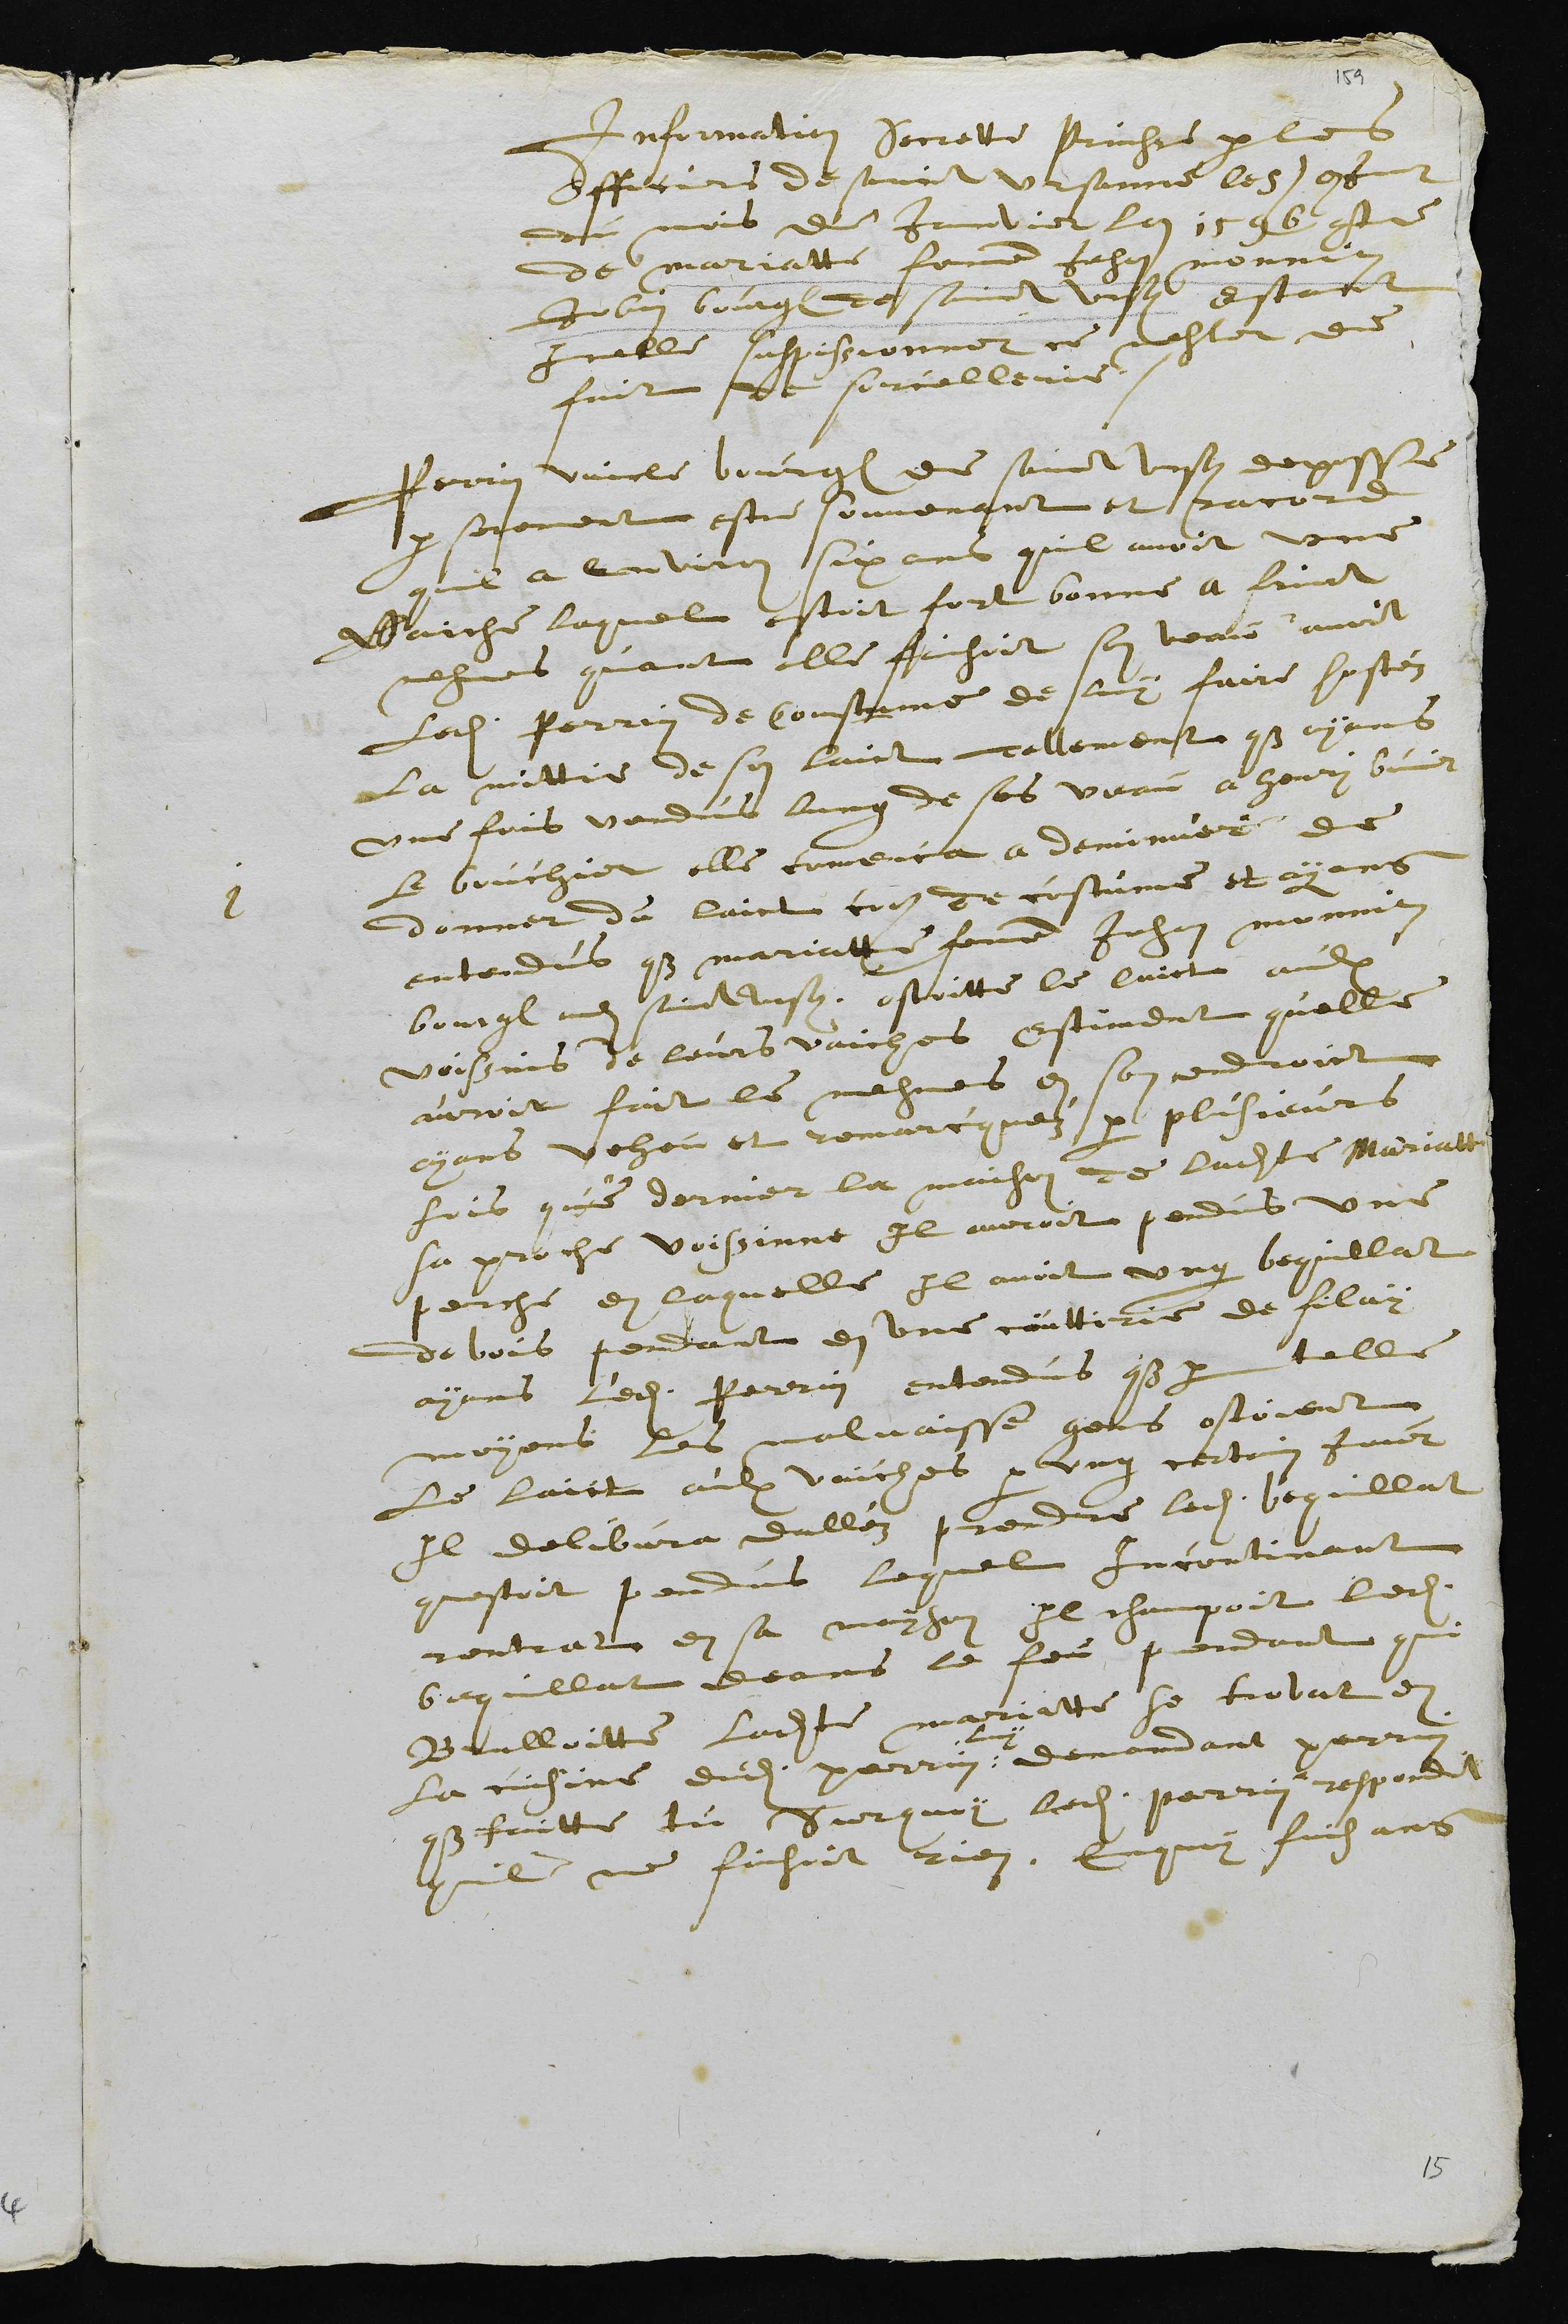
Information secrette prinses par les
Officiers de sainct Ursanne le 5e jour
du mois de Janvier lan 1596 contre
de mariatte femme Jehan monnin
Jobin bourgeois de Saint Ursanne estant
Icelle suspissionnei ce mesler de
fait de sorcellerie.
1
Perrin Vaicle bourgeois de Saint Ursanne deposse
par serement estre souvenant et racord
quil a environ six ans quil avoit une
Vaiche laquel estoit fort bonne a fruict
mesmes quant elle faisoit son veau avoit
Ledit Perrin de coustume de luy faire hostez
la mittie de son laict ellement que ayans
une fois vendus lung de ses veau a henry bouvier
le bouchier elle comenca a deminuer de
donner du laict comme de costume et ayans
entendus que mariatte femme Jehan Monnin
bourgeois audit sainct Ursanne, ostoitte le laict aulx
voissins de leurs vaiches estiment quelle
auroit fait le mesmes en son endroict
ayans veheu et remarquez par plusieurs
fois que dernier la maison de ladite Mariatte
sa proche voisinne Il auroit pendus une
perche en laquelle Il avoit ung bequillat
de bois pendant en une couttirie de filay
ayans ledit Perrin entendus que par telle
moyens les malvaisse gens ostoient
le laict aulx vaiches par ung certain jour
Il delibvra dallez prendre ledit bequillat
questoit pendus, lequel incontinant
rentrat en sa mayson Il champoit ledit
bequillat deans le feu pendant que
Brulloitte ladite mariatte se trovat en
la cuisine dudit perrin
luy
demandant perrin
que faitte tu Surquoy ledit perrin respondit
quil ne faisoit rien. Enquoy faisans

15